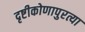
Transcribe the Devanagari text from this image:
दृष्टीकोणापुरत्या